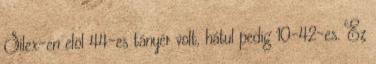
Silex-en elöl 44-es tányér volt, hátul pedig 10-42-es. Ez